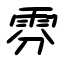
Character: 雰